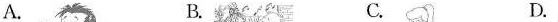
A. B. C. D.